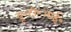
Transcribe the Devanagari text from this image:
यू॰टी॰आई॰